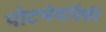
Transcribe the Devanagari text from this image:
पोटभेदांपैकी